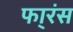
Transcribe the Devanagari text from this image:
फा्रंस